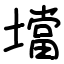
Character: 壋